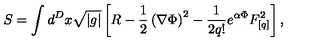
S = \int d ^ { D } x \sqrt { | g | } \left[ R - \frac { 1 } { 2 } \left( \nabla \Phi \right) ^ { 2 } - \frac { 1 } { 2 q ! } e ^ { \alpha \Phi } F _ { [ q ] } ^ { 2 } \right] ,